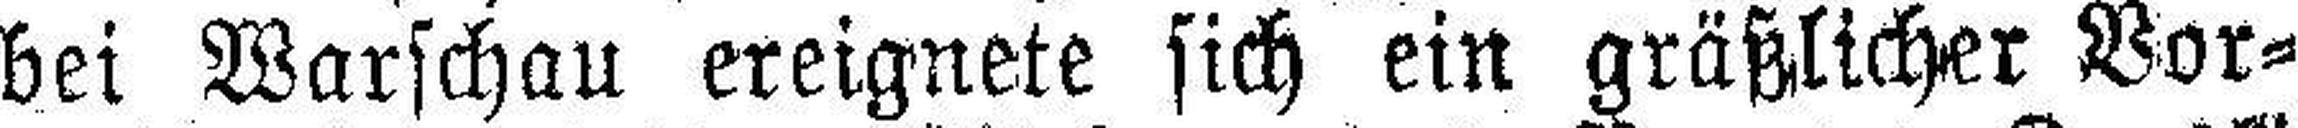
bei Warschau ereignete sich ein gräßlicher Vor¬